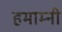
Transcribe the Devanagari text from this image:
हमाम्नी